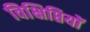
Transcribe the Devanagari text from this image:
विक्षिप्तियों